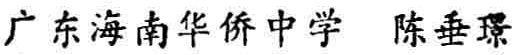
广东海南华侨中学 陈垂璟